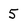
Character: 5